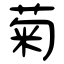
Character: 菊